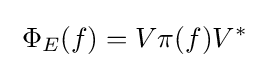
\;\Phi _{E}(f)=V\pi (f)V^{*}